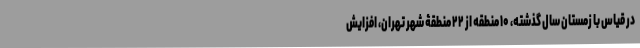
در قیاس با زمستان سال گذشته، ۱۰ منطقه از ۲۲ منطقۀ شهر تهران، افزایش